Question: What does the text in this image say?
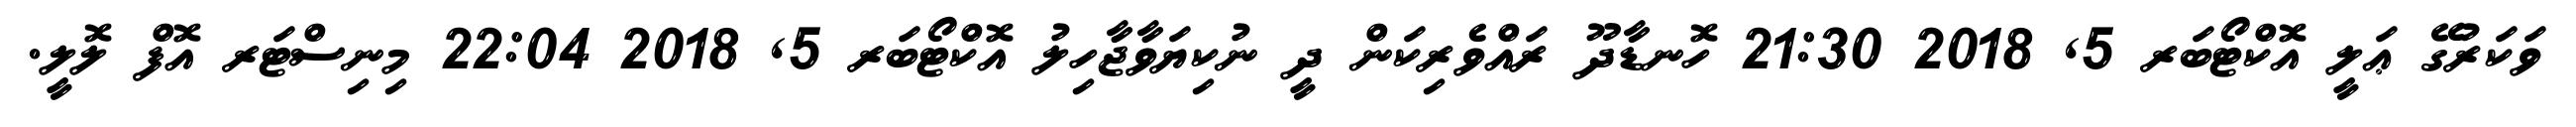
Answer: ވަކަރުގޭ ޢަލީ އޮކްޓޯބަރ 5, 2018 21:30 ހޮނޑާދޫ ރައްވެރިކަން ދީ ނުކިޔަވާޖާހިލު އޮކްޓޯބަރ 5, 2018 22:04 މިނިސްޓަރ އޮފް ލޮލީ.